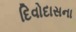
દિવોદાસના